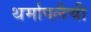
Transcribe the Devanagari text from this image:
थर्मापलैची